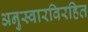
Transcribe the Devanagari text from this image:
अनुस्वारविरहित